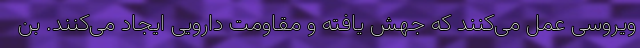
ویروسی عمل می‌کنند که جهش یافته و مقاومت دارویی ایجاد می‌کنند. بن